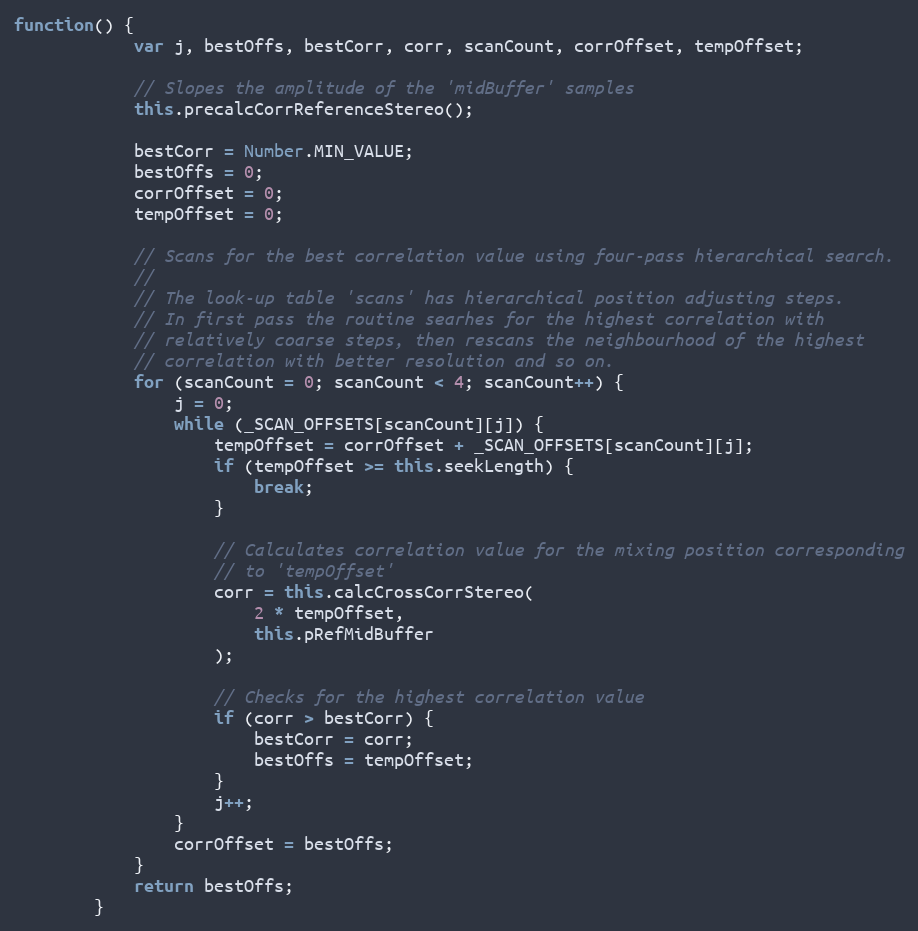
Language: JavaScript
function() {
            var j, bestOffs, bestCorr, corr, scanCount, corrOffset, tempOffset;

            // Slopes the amplitude of the 'midBuffer' samples
            this.precalcCorrReferenceStereo();

            bestCorr = Number.MIN_VALUE;
            bestOffs = 0;
            corrOffset = 0;
            tempOffset = 0;

            // Scans for the best correlation value using four-pass hierarchical search.
            //
            // The look-up table 'scans' has hierarchical position adjusting steps.
            // In first pass the routine searhes for the highest correlation with
            // relatively coarse steps, then rescans the neighbourhood of the highest
            // correlation with better resolution and so on.
            for (scanCount = 0; scanCount < 4; scanCount++) {
                j = 0;
                while (_SCAN_OFFSETS[scanCount][j]) {
                    tempOffset = corrOffset + _SCAN_OFFSETS[scanCount][j];
                    if (tempOffset >= this.seekLength) {
                        break;
                    }

                    // Calculates correlation value for the mixing position corresponding
                    // to 'tempOffset'
                    corr = this.calcCrossCorrStereo(
                        2 * tempOffset,
                        this.pRefMidBuffer
                    );

                    // Checks for the highest correlation value
                    if (corr > bestCorr) {
                        bestCorr = corr;
                        bestOffs = tempOffset;
                    }
                    j++;
                }
                corrOffset = bestOffs;
            }
            return bestOffs;
        }